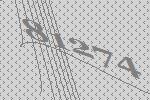
81274